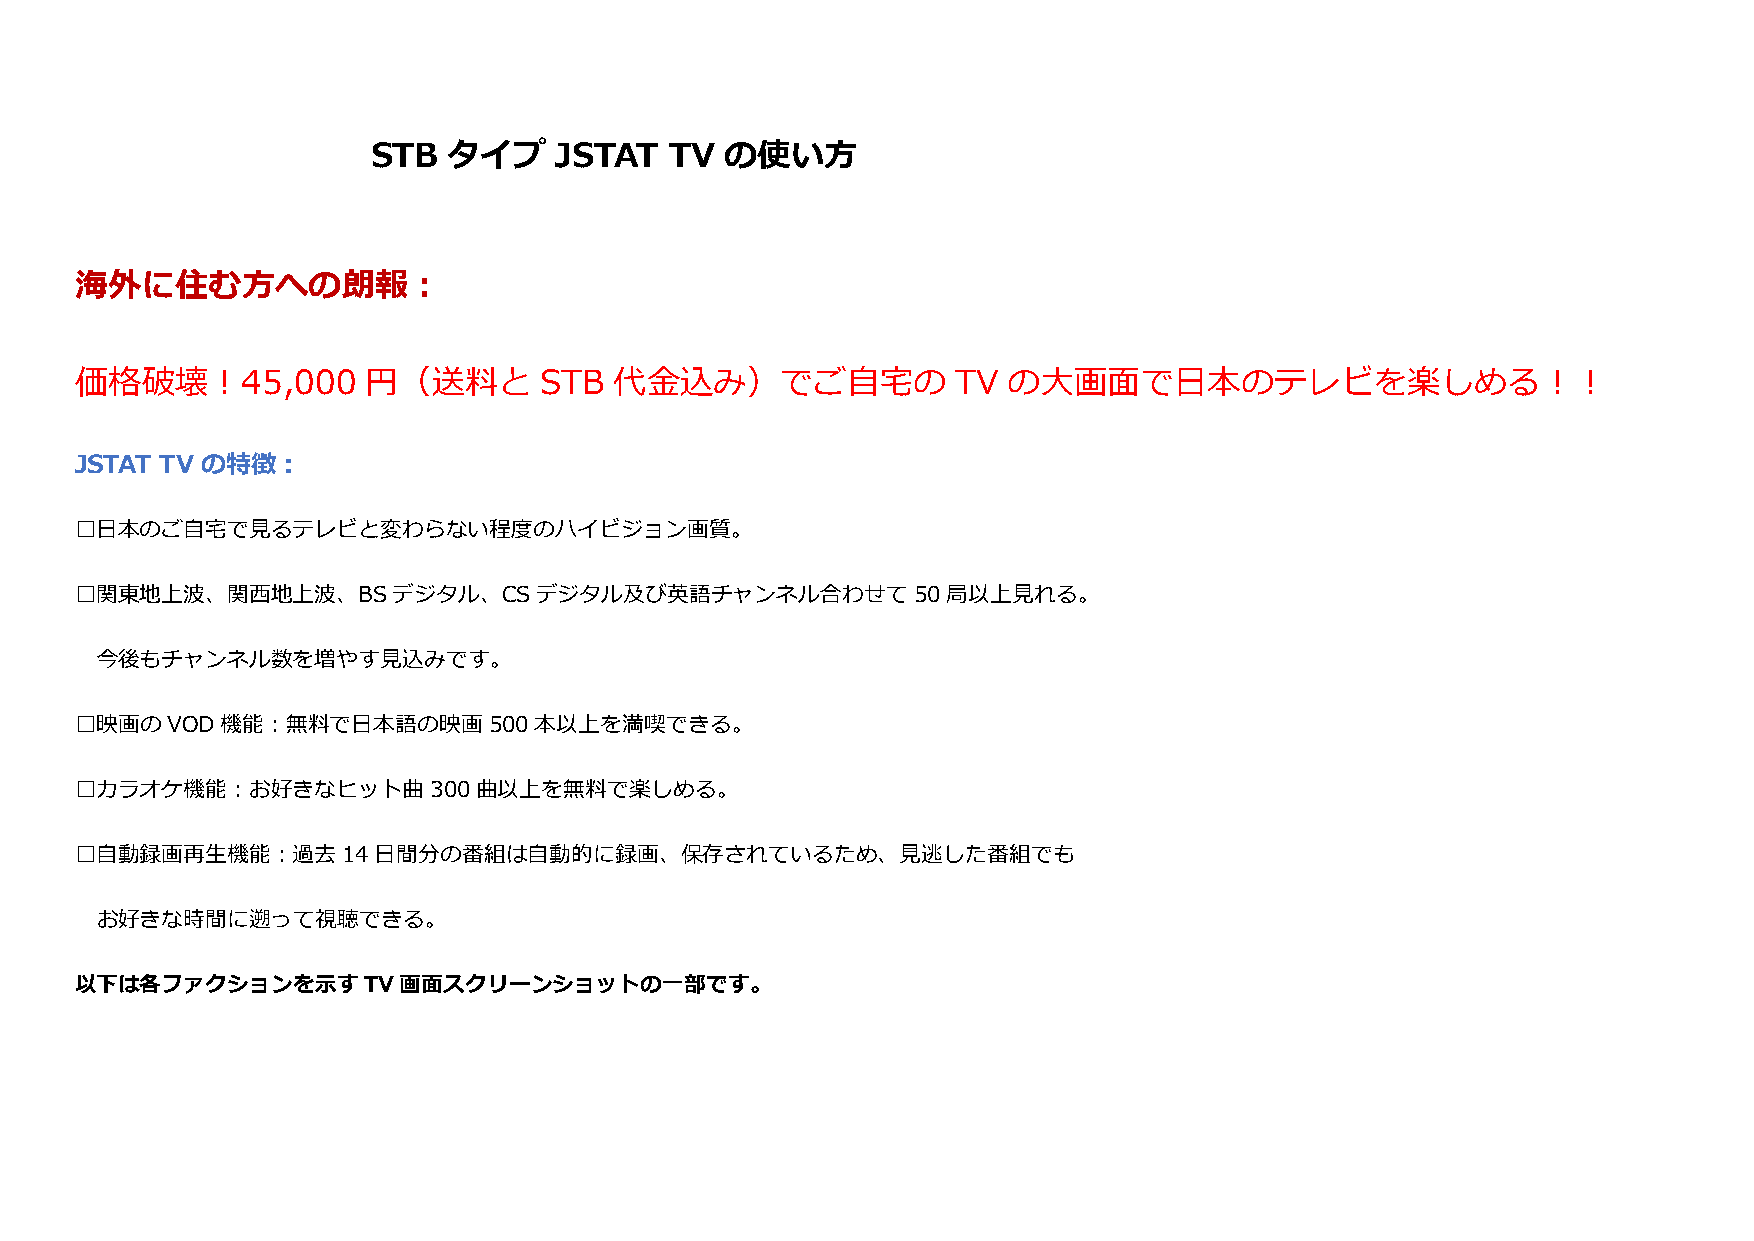
STB  タイプ    JSTAT  TV  の使い方
 海外に住む方への朗報：
 価格破壊！45,000        円（送料と       STB  代金込み）でご自宅の            TV  の大画面で日本のテレビを楽しめる！！
 JSTAT TV の特徴：
 □日本のご自宅で見るテレビと変わらない程度のハイビジョン画質。
 □関東地上波、関西地上波、BSデジタル、CSデジタル及び英語チャンネル合わせて50局以上見れる。
 今後もチャンネル数を増やす見込みです。
 □映画のVOD機能：無料で日本語の映画500本以上を満喫できる。
 □カラオケ機能：お好きなヒット曲300曲以上を無料で楽しめる。
 □自動録画再生機能：過去14日間分の番組は自動的に録画、保存されているため、見逃した番組でも
 お好きな時間に遡って視聴できる。
 以下は各ファクションを示すTV画面スクリーンショットの一部です。